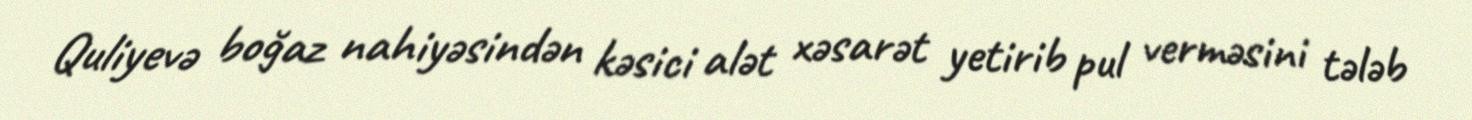
Quliyevə boğaz nahiyəsindən kəsici alət xəsarət yetirib pul verməsini tələb